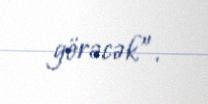
görəcək”.